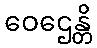
ဝေဌေန္တိ